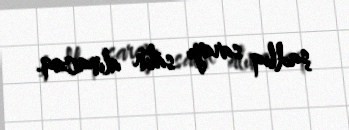
şadlıq sarayı satın alınacaq.